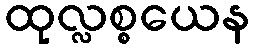
ထုလ္လစ္စယေန